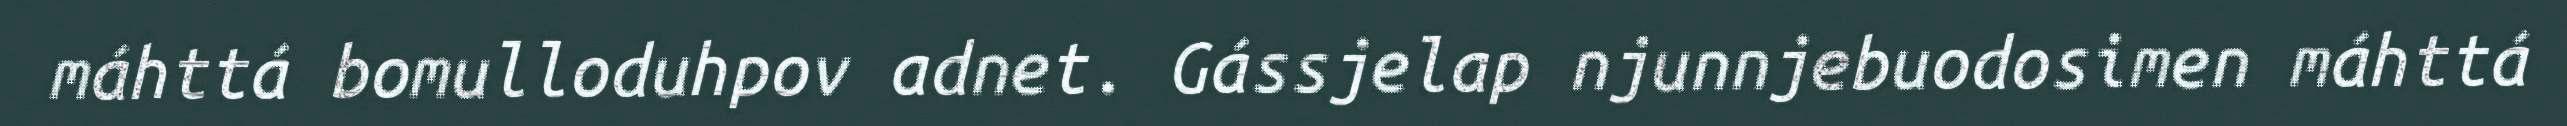
máhttá bomulloduhpov adnet. Gássjelap njunnjebuodosimen máhttá